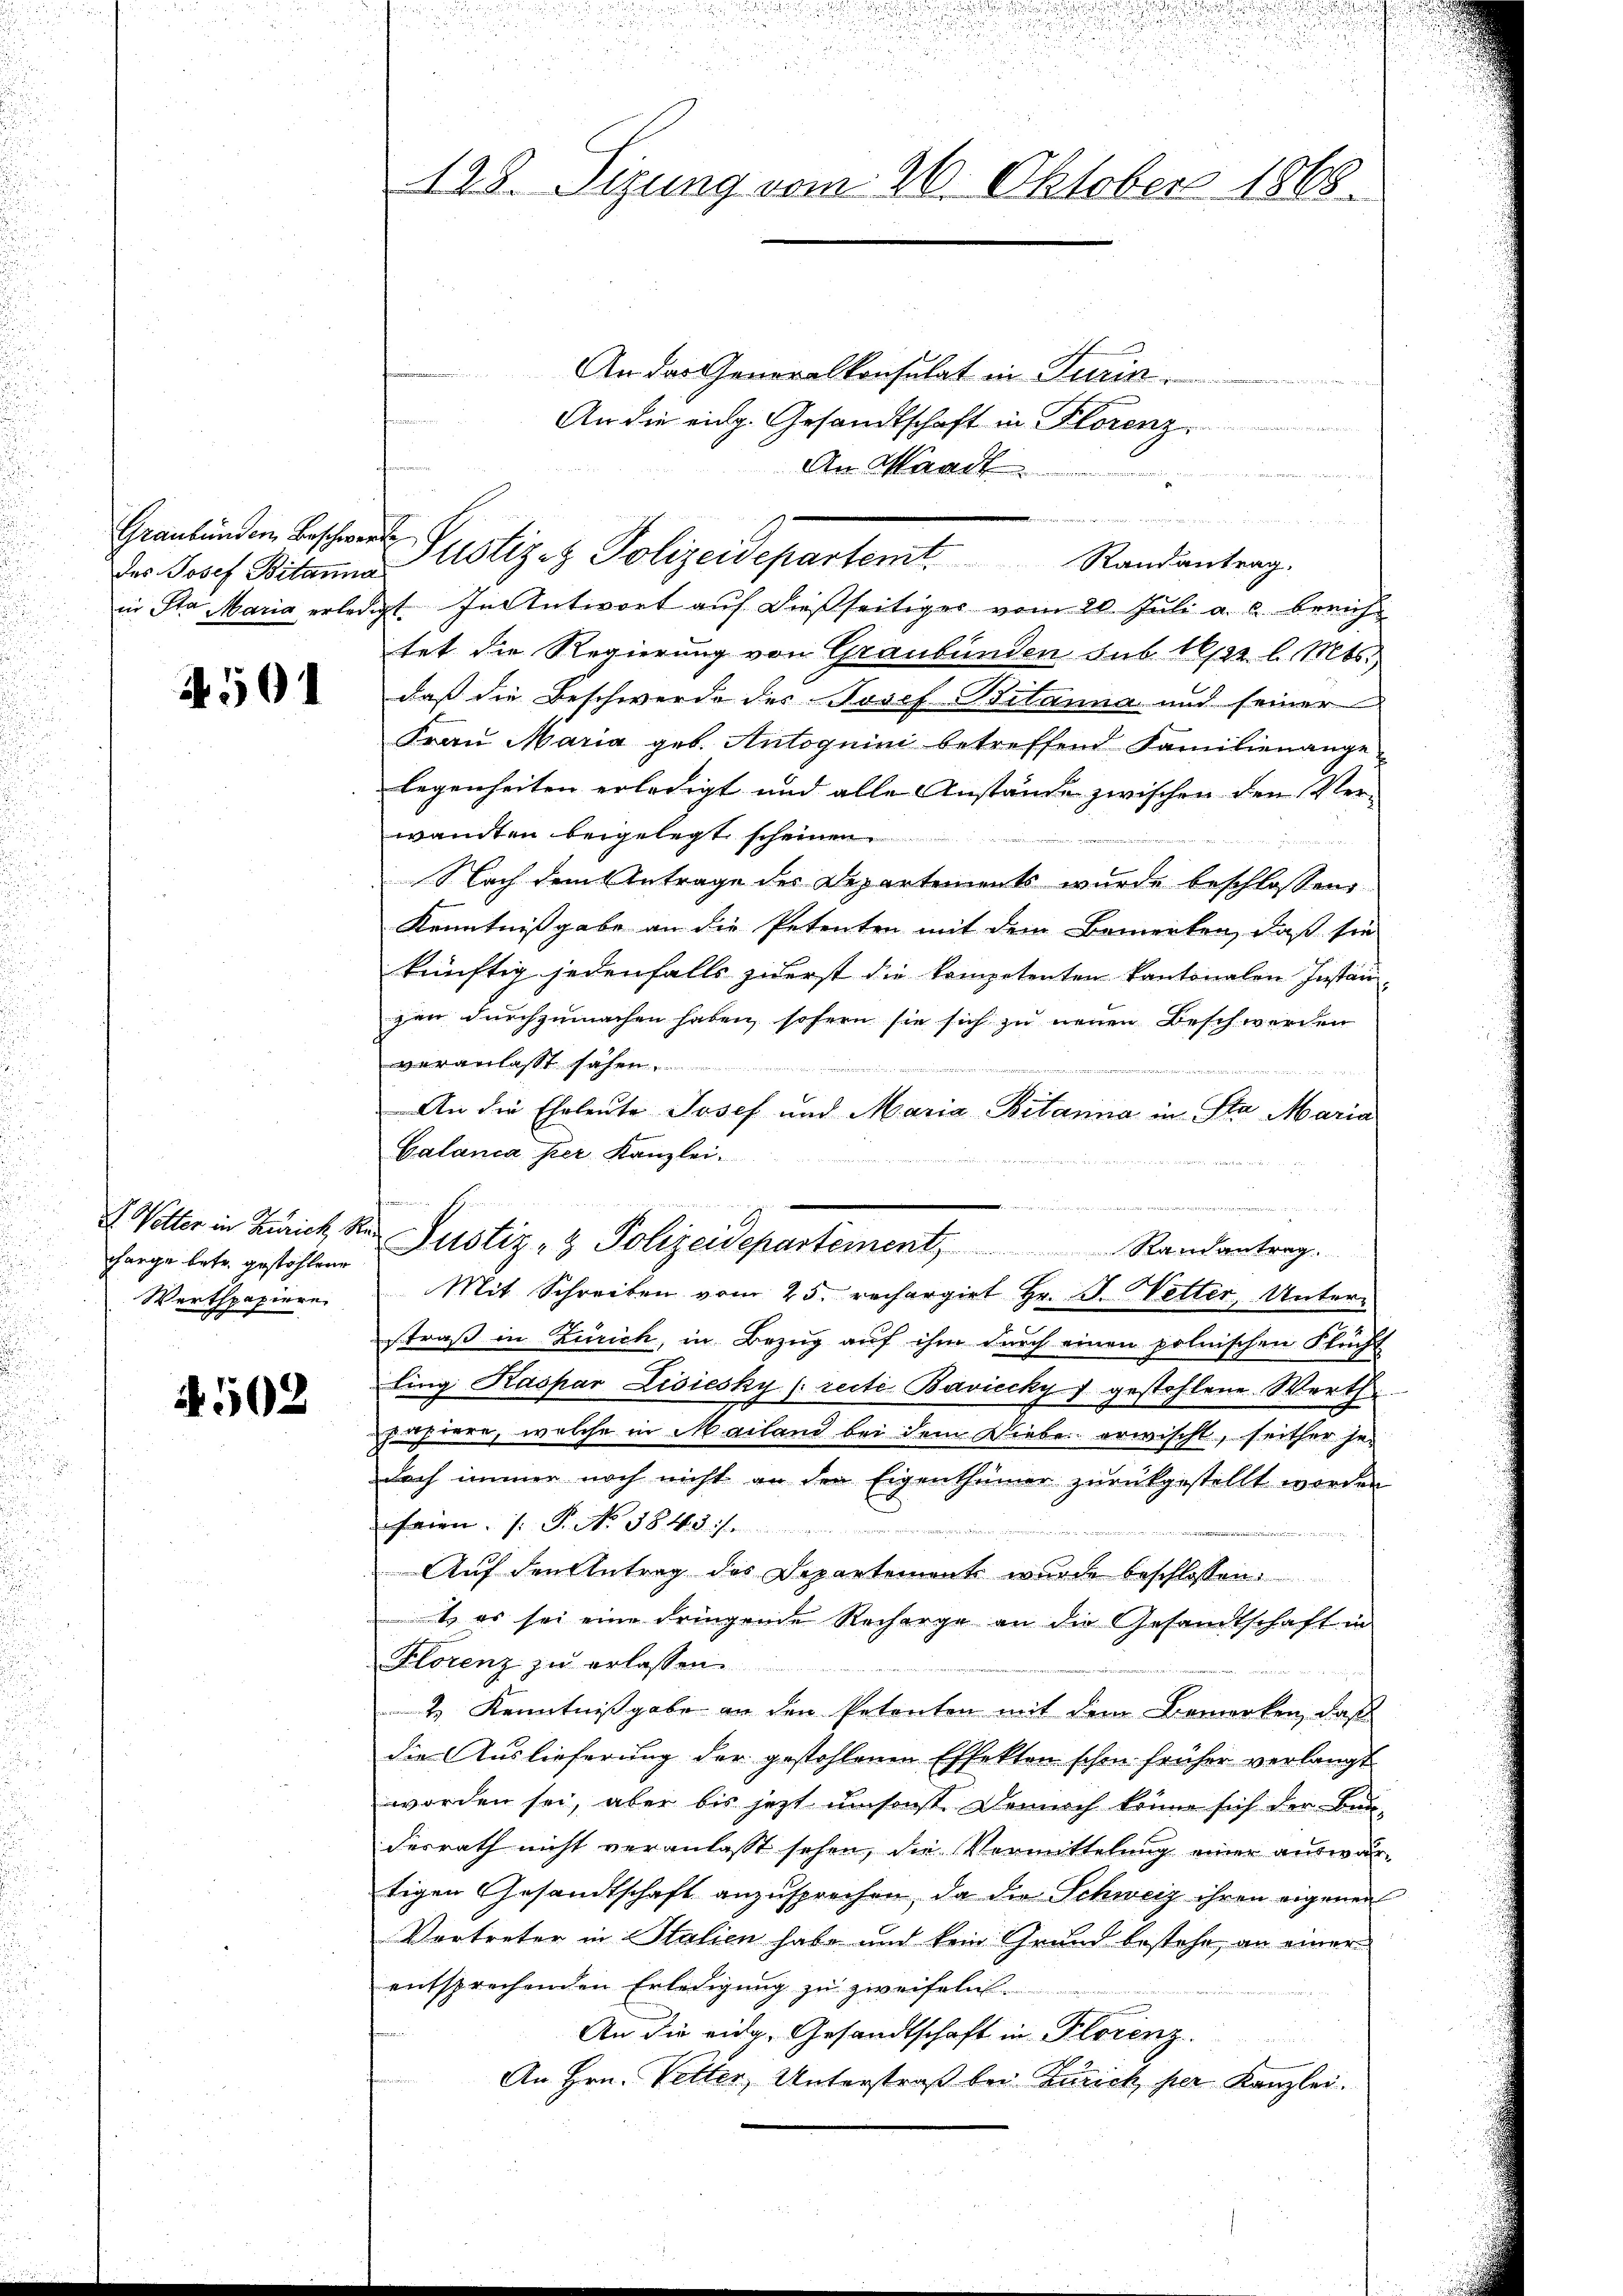
des Josef Bitanna
in Sta Maria erledi

A. 501

E Vetter in Zürich, S.
charge betr. gestohlene
Werthpapiere

§ 502

122. Sizung vom 26. Oktober 1868.

An das Generalkonsulat in Turin.
An die eidg. Gesandtschaft in Florenz
An Waad
ve weiter Werteten bere
et. In Antwort auf dießseitiger vom 20. Juli a. c. breicht
tet die Regierung von Graubünden sub 16t l. Mts.
dass die Beschwerde des Josef Bilanna und seiner
Frau Maria geb. Antoguini betreffend Familienange-
legenheiten erledigt und alle Anstände zwischen den Ver-
wandten beigelegt scheinen
 Nach dem Antrage des Departements wurde beschlossen
Kenntnissgabe an die Petenten mit dem Bemerken, daß sie
künftig jedenfalls zuerst die kompetenten kantonalen Instan
gen durchzumachen haben, sofern sie sich zu neuen Beschwerden
veranlasst sahen
An die Eheleute Josef und Maria-Bitanna in Sta Maria
Galanca per Kanzlei.
u
Justiz- & Polizeidepartement, Randantrag.
Mit Schreiben vom 25. rechargirt Hr. J. Wetter, Unterstraß in Zürich, in Bezug auf ihm durch einen polnischen Flücht
ling Kaspar Lisiesky (recte Baviccky 7 gestohlene Werth
papiere, welche in Mailand bei dem Liebe erwischt, seither jedoch immer noch nicht an den Eigenthümer zurückgestellt worden
feien. ( P. No. 5843).
Auf den Antrag des Departement wurde beschlossen:
t es sei eine dringende Recharge an die Gesandtschaft in
Klorenz zu erlassen.
2. Kenntnißgabe an den Petenten mit dem Bemerken, daß
die Auslieferung der gestohlenen Effekten schon früher verlangt
worden sei, aber bis jetzt umsonst. Dennoch könne sich der Bun-
derrath nicht veranlasst sehen, die Vormittelung einer auswärtigen Gesandtschaft anzusprechen, da die Schweiz ihren eigenen
Vertreter in Stalien habe und kein Grund bestehe, an einer
entsprechenden Erledigung zu zweifeln.
An die eidg. Gesandtschaft in Florenz.
An Hrn. Vetter, Unterstraß bei Zürich per Kanzlei.

Graubünden Beschwer Justizez Polizeidepartemt. Randantrag.